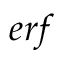
e r f